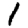
Digit: 1